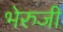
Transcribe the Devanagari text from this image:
भेरुजी